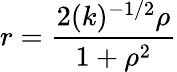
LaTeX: r=\frac{2(k)^{-1/2}{\rho}}{1+{\rho}^{2}}